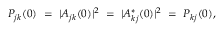
P _ { j k } ( 0 ) \ = \ | A _ { j k } ( 0 ) | ^ { 2 } \ = \ | A _ { k j } ^ { * } ( 0 ) | ^ { 2 } \ = \ P _ { k j } ( 0 ) ,